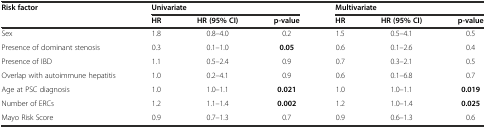
<table><thead><tr><td><b>Risk factor</b></td><td colspan="3"><b>Univariate</b></td><td colspan="3"><b>Multivariate</b></td></tr><tr><td></td><td><b>HR</b></td><td><b>HR (95% CI)</b></td><td><b>p-value</b></td><td><b>HR</b></td><td><b>HR (95% CI)</b></td><td><b>p-value</b></td></tr></thead><tbody><tr><td>Sex</td><td>1.8</td><td>0.8-4.0</td><td>0.2</td><td>1.5</td><td>0.5-4.1</td><td>0.5</td></tr><tr><td>Presence of dominant stenosis</td><td>0.3</td><td>0.1-1.0</td><td><b>0.05</b></td><td>0.6</td><td>0.1-2.6</td><td>0.4</td></tr><tr><td>Presence of IBD</td><td>1.1</td><td>0.5-2.4</td><td>0.9</td><td>0.7</td><td>0.3-2.1</td><td>0.5</td></tr><tr><td>Overlap with autoimmune hepatitis</td><td>1.0</td><td>0.2-4.1</td><td>0.9</td><td>0.6</td><td>0.1-6.8</td><td>0.7</td></tr><tr><td>Age at PSC diagnosis</td><td>1.0</td><td>1.0-1.1</td><td><b>0.021</b></td><td>1.0</td><td>1.0-1.1</td><td><b>0.019</b></td></tr><tr><td>Number of ERCs</td><td>1.2</td><td>1.1-1.4</td><td><b>0.002</b></td><td>1.2</td><td>1.0-1.4</td><td><b>0.025</b></td></tr><tr><td>Mayo Risk Score</td><td>0.9</td><td>0.7-1.3</td><td>0.7</td><td>0.9</td><td>0.6-1.3</td><td>0.6</td></tr></tbody></table>